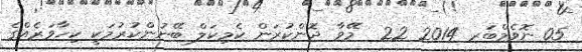
05 ނޮވެމްބަރ 2014 22  މޭވާ ދޮންކުރަން ކެމިކަލް ބޭނުންކުރުމަކީ ކިހާވަރެއްގެ